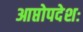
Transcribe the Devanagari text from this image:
आप्तोपदेशः